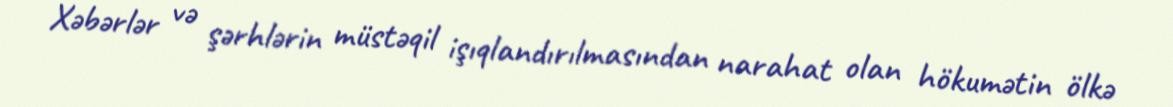
Xəbərlər və şərhlərin müstəqil işıqlandırılmasından narahat olan hökumətin ölkə